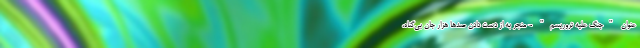
عنوان "جنگ علیه تروریسم" - منجر به از دست دادن صدها هزار جان بی‌گناه،